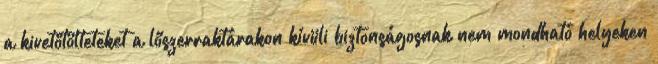
a kivetőtölteteket a lőszerraktárakon kívüli biztonságosnak nem mondható helyeken